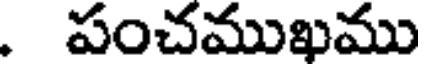
. పంచముఖము